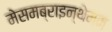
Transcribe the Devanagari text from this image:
मेसमब्राइन्थेमम